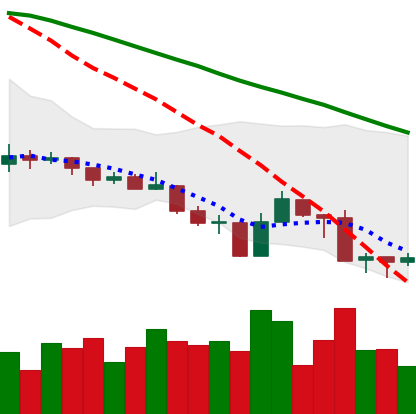
Ticker: ADA-USD
Chart end date: 2019-08-17
Forward return: 4.256%
Label: up_3_5